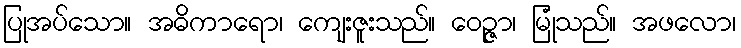
ပြုအပ်သော။ အဓိကာရော၊ ကျေးဇူးသည်။ ဝေဉ္ဇာ၊ မြုံသည်။ အဖလော၊